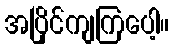
အပြိုင်ကျကြပေါ့။